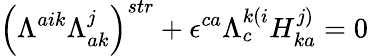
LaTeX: \left(\Lambda^{aik}\Lambda_{ak}^{j}\right)^{str}+\epsilon^{ca}\Lambda_{c}^{k(i}H_{ka}^{j)}=0